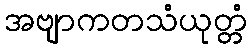
အဗျာကတသံယုတ္တံ